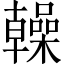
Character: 𫧭